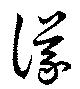
議